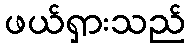
ဖယ်ရှားသည်